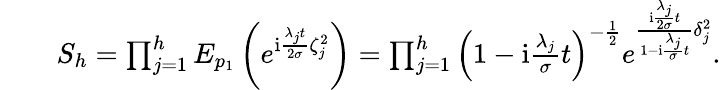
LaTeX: \begin{array}{rlr}&{}&{S_{h}=\prod_{j=1}^{h}E_{p_{1}}\left(e^{\mathrm{i}\frac{\lambda_{j}t}{2\sigma}\zeta_{j}^{2}}\right)=\prod_{j=1}^{h}\left(1-\mathrm{i}\frac{\lambda_{j}}{\sigma}t\right)^{-\frac{1}{2}}e^{\frac{\mathrm{i}\frac{\lambda_{j}}{2\sigma}t}{1-\mathrm{i}\frac{\lambda_{j}}{\sigma}t}\delta_{j}^{2}}.}\end{array}